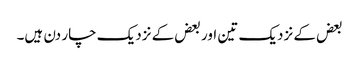
بعض کے نزدیک تین اور بعض کے نزدیک چار دن ہیں۔